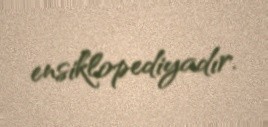
ensiklopediyadır.